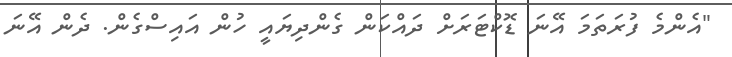
"އެންމެ ފުރަތަމަ އޭނަ ޑޮކްޓަރަށް ދައްކަން ގެންދިޔައީ ހުން އައިސްގެން. ދެން އޭނަ